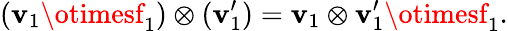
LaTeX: (\mathbf{v}_{1}\otimesf_{1})\otimes(\mathbf{v}_{1}^{\prime})=\mathbf{v}_{1}\otimes\mathbf{v}_{1}^{\prime}\otimesf_{1}.